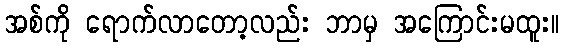
အစ်ကို ရောက်လာတော့လည်း ဘာမှ အကြောင်းမထူး။